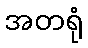
အတရုံ